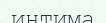
интима